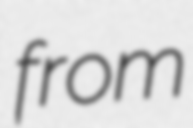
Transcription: from